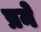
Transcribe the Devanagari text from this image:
प्रने